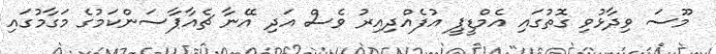
މޫސަ ވިދާޅުވި ގޮތުގައި އެމްޑީޕީ އުފެއްދިއިރު ވެސް އަދި އޭނާ ޗެއާޕާސަންކަމުގެ މަގާމުގައި